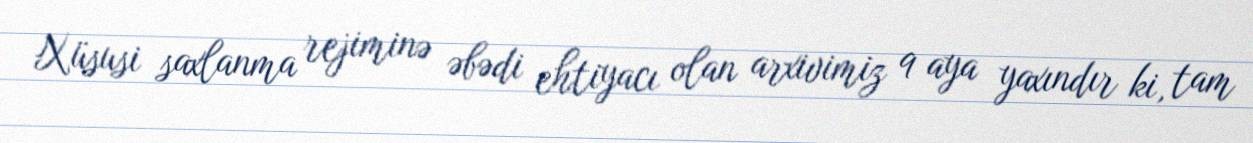
Xüsusi saxlanma rejiminə əbədi ehtiyacı olan arxivimiz 9 aya yaxındır ki, tam